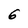
Character: 6